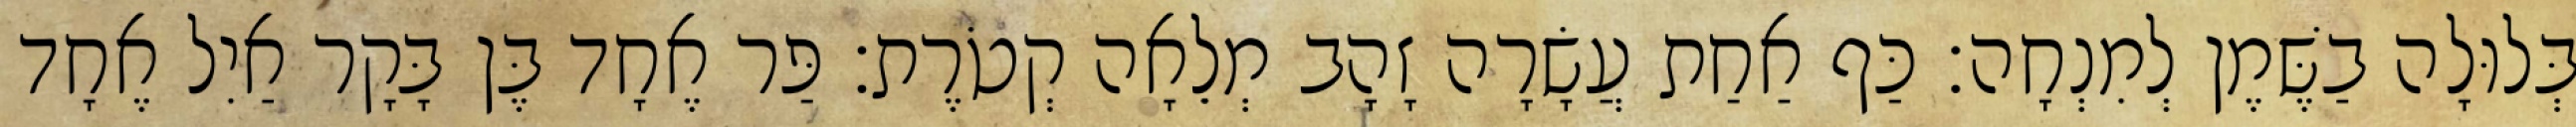
בְּלוּלָה בַשֶּׁמֶן לְמִנְחָה׃ כַּף אַחַת עֲשָׂרָה זָהָב מְלֵאָה קְטֹרֶת׃ פַּר אֶחָד בֶּן בָּקָר אַיִל אֶחָד